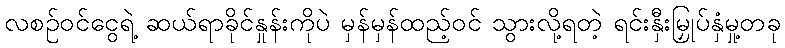
လစဉ်ဝင်ငွေရဲ့ ဆယ်ရာခိုင်နှုန်းကိုပဲ မှန်မှန်ထည့်ဝင် သွားလို့ရတဲ့ ရင်းနှီးမြှုပ်နှံမှု့တခု